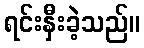
ရင်းနှီးခဲ့သည်။